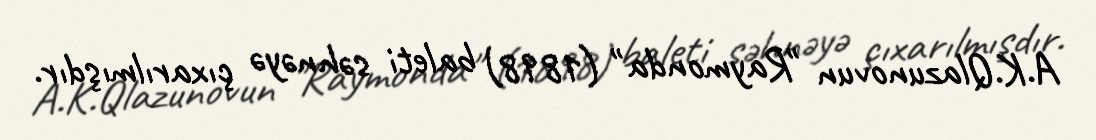
A.K.Qlazunovun "Raymonda" (1898) baleti səhnəyə çıxarılmışdır.